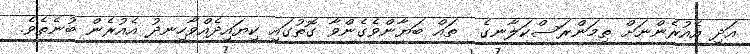
އަދި އެއުރެންނަށް ތިމަންރަސްކަލާނގެ  ތައް ބަޔާންވެގެންވާ ގޮތުގައި ކިޔައިދެއްވާހިނދު އެއުރެން ބުނެތެވެ.